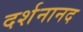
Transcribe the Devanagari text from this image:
दर्शनानद